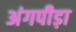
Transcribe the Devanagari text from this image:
अंगपीड़ा